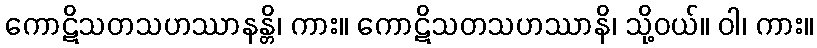
ကောဋိသတသဟဿာနန္တိ၊ ကား။ ကောဋိသတသဟဿာနိ၊ သို့ဝယ်။ ဝါ၊ ကား။